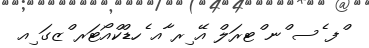
ްފ ެސ ްނ ްޓރަލް އޭ ިރ ާއ ެހޑްކްއޯޓަރ ްޒގަ ިއ